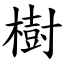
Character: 樹